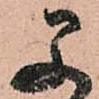
早